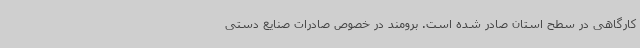
کارگاهی در سطح استان صادر شده است. برومند در خصوص صادرات صنایع دستی